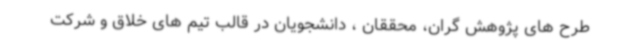
طرح های پژوهش گران، محققان ، دانشجویان در قالب تیم های خلاق و شرکت